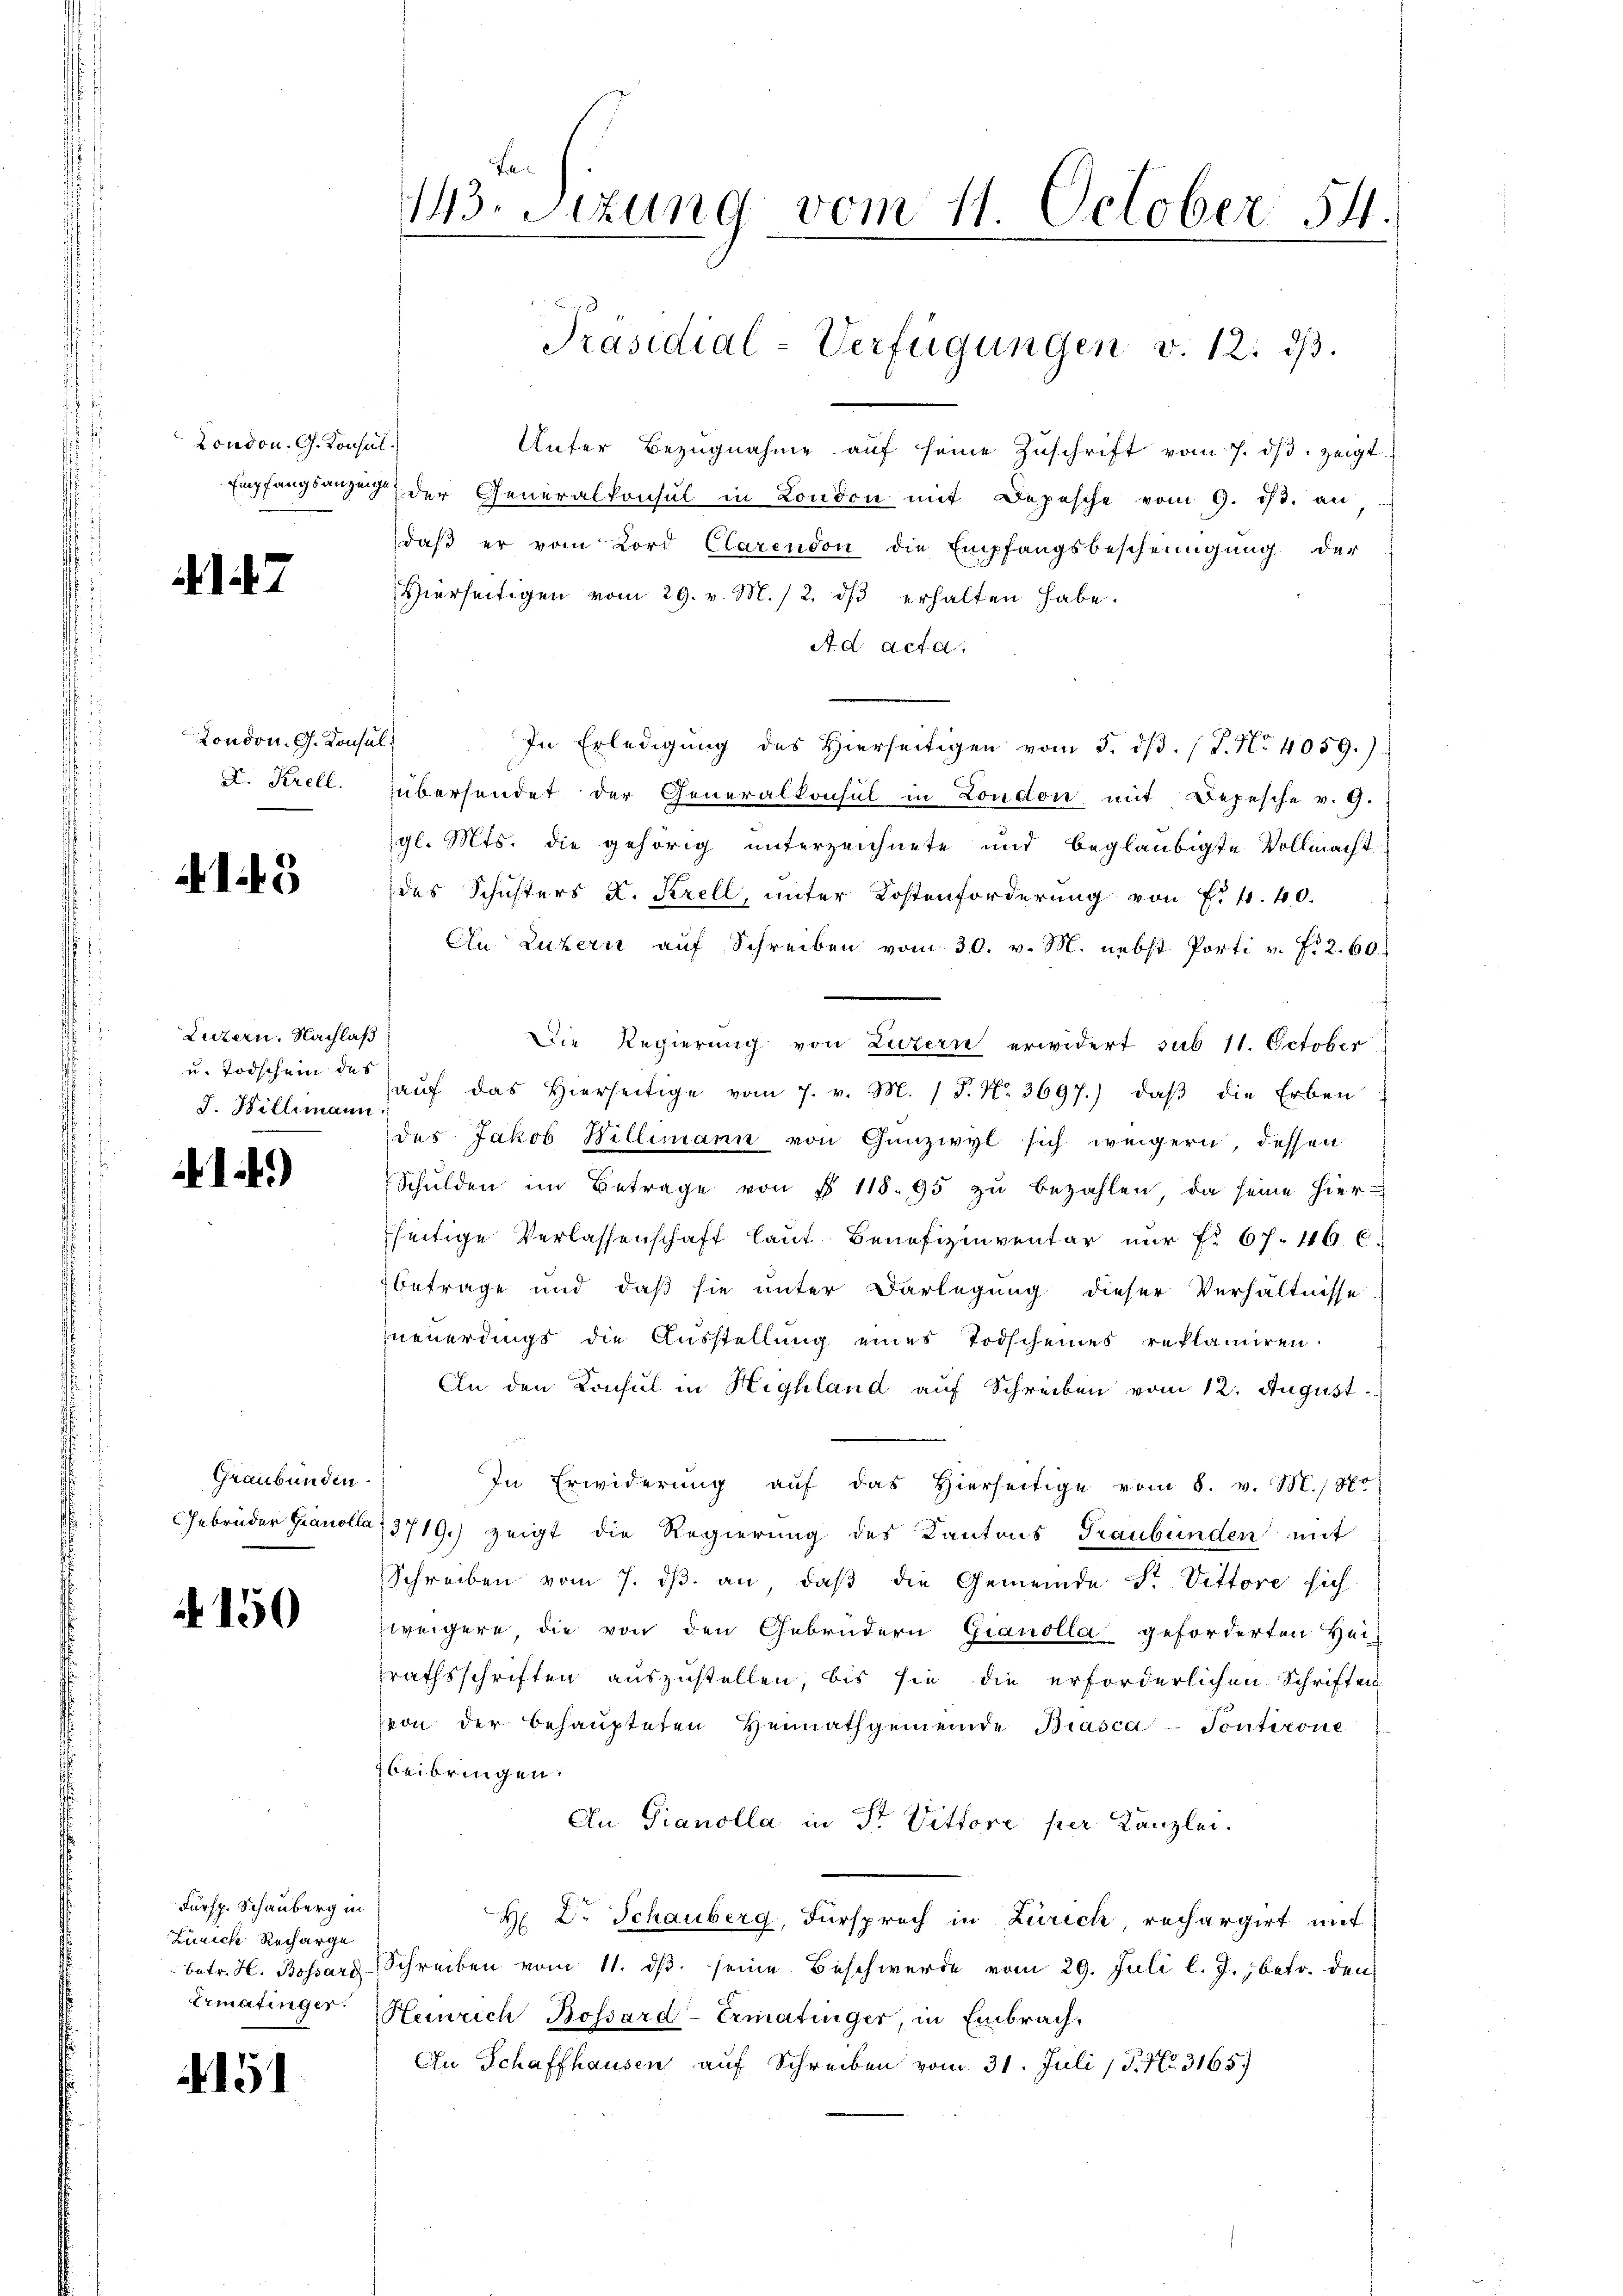
London. G. Konsul

147

London. G. Konsul
F. Krell.

15

Luzern. Nachlaß
u. Todschein des
S. Willemann

19

Graubünden
Gebrüder Granolla

4150

Fürsp. Schauberg in
Zürich Recharge
betr. H. Bossard
Ermatinger.

151

fa¬
143. Sizung vom 11. October 54.

Unter Bezŭgnahme aŭf seine Zŭschrift vom 7. dβ zeigt
Empfangsanzeig der Generalkonsul in London mit Depesche vom 9. ds. an
daß er vom Lord Clarendon die Empfangsbescheinigung der
Hierseitigen vom 29. v. M. 12. dβ erhalten habe.
A. d. Acta.
¬
In Erledigŭng des hierseitigen vom 5. dβ. (T. No. 4059.)
übersendet der Generalkonsul in London mit Depesche v. 9.
igl. Mts. die gehörig unterzeichnete und beglaubigte Vollmacht
des Schichters u. Krell, unter Kostenforderung von f. 4. 40.
An Luzern auf Schreiben vom 30. v. M. nebst Porti v. fr. 2. 60.
Die Regierung von Luzern erwidert sub 11. October
aŭf das hierseitige vom 7. v. M. 1 P. Nr. 3697.) daβ die Erben
des Jakob Willimann von Gunzwyl sich weigern, dessen
Schulden im Betrage von § 118. 95 zu bezahlen, da seine hier-
fseitige Verlassenschaft laut Benefizinventar nur f. 67. 466.
betrage und daß sie unter Darlegung dieser Verhältnisse
neuerdings die Ausstellung eines Todscheines reklamiren.
An den Konsul in Highland auf Schreiben vom 12. August.
In Erwiderung aŭf das hierseitige vom 8. v. M. 1877
3719.) zeigt die Regierung des Kantons Graubünden mit
Schreiben vom 7. dβ. an, daβ die Gemeinde Sr. Vittore sich
zweigere die von den Gebrüdern Gianolla geforderten Hei-
srathsschriften auszustellen, bis sie die erforderlichen Schriften
von der behaupteten Heimathgemeinde Biasca Pontirone
beibringen.
An Pianolla in Str. Vittore per Kanzlei.
H Dr. Schauberg, Fürsprech in Zürich rechargirt mit
Schreiben vom 11. dβ seine Beschwerde vom 29. Juli l. J., betr. den
Heinrich Bossard-Ermatinger, in Embrach,
An Schaffhausen auf Schreiben vom 31. Juli / P. Nr. 3165)

Präsidial-Verfügungen v. 12. dβ.